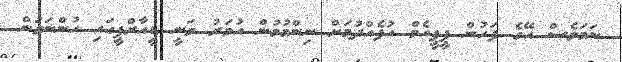
ނަމަވެސް އޭގެ ފަހުން ޕީޕީއެމް އުފެއްދުމަށް ނިންމުމުން އުމަރު ވަނީ ޑީއާރްޕީގައި ހުންނަވަން